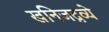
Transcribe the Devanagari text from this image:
खनिजद्रव्ये